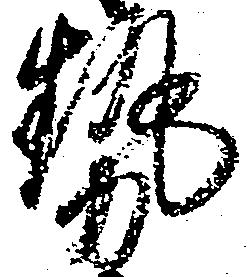
勢